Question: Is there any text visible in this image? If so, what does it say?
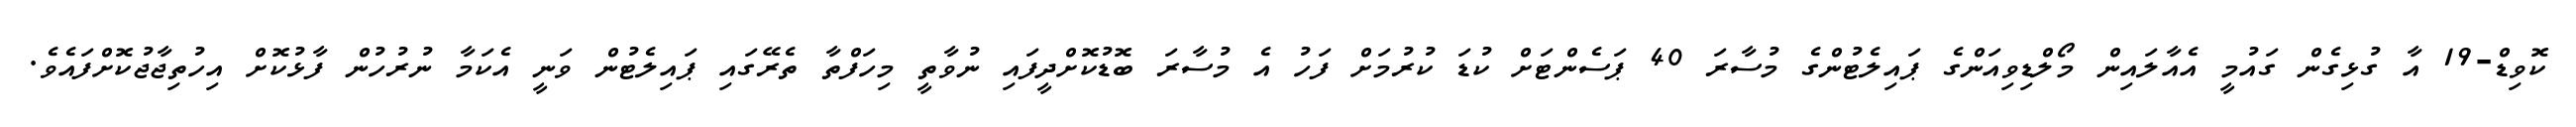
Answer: ކޮވިޑް-19 އާ ގުޅިގެން ގައުމީ އެއާލައިން މޯލްޑިވިއަންގެ ޕައިލެޓުންގެ މުސާރަ 40 ޕަސެންޓަށް ކުޑަ ކުރުމަށް ފަހު އެ މުސާރަ ބޮޑުކޮށްދީފައި ނުވާތީ މިހަފްތާ ތެރޭގައި ޕައިލެޓުން ވަނީ އެކަމާ ނުރުހުން ފާޅުކޮށް އިހުތިޖާޖުކޮށްފައެވެ.